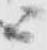
ニ